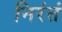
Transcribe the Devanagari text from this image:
निरंतं